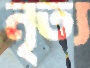
নৃত্য